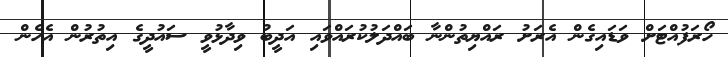
ހޯރަފުއްޓަށް ވަޑައިގެން އެރަށު ރައްޔިތުންނާ ބައްދަލުކުރައްވައި އަދީބު ވިދާޅުވީ ސައުދީގެ އިތުރުން އެހެން